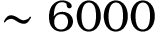
\sim 6 0 0 0